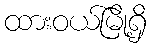
ထားဝယ်မြို့ရှိ